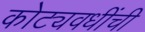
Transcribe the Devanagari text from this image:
कोट्यवधींची